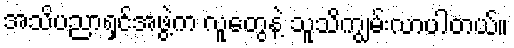
အသိပညာရှင်အဖွဲ့က လူတွေနဲ့ သူသိကျွမ်းလာပါတယ်။